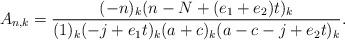
LaTeX: \begin{align*} A_{n,k} = \frac{(-n)_k(n-N+(e_1+e_2)t)_k}{(1)_k(-j+e_1t)_k(a+c)_k(a-c-j+e_2t)_k}. \end{align*}